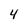
Character: 4